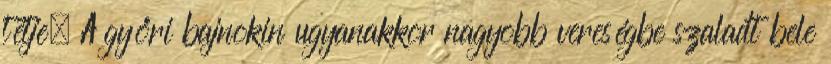
tétje. A győri bajnokin ugyanakkor nagyobb vereségbe szaladt bele